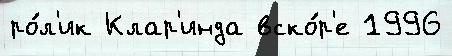
ро́л'ик Клар'инда вско́р'е 1996